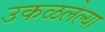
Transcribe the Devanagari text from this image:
उकळलेल्या